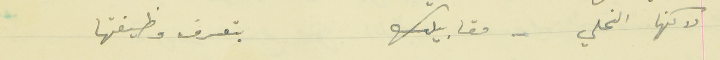
لاكنها النحلي - مقابيلك                                       بتعرف وظيفتها